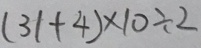
( 3 1 + 4 ) \times 1 0 \div 2